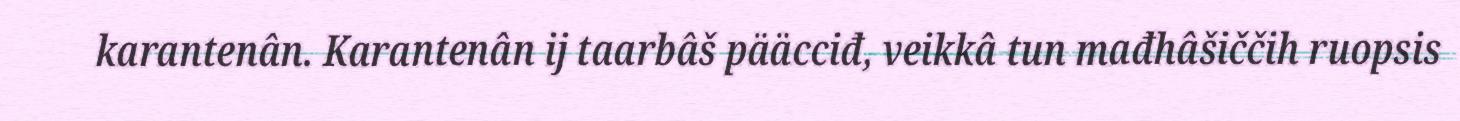
karantenân. Karantenân ij taarbâš pääcciđ, veikkâ tun mađhâšiččih ruopsis